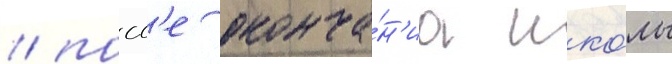
/ посл'е оконча́н'иа шко́лы